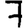
Digit: 7